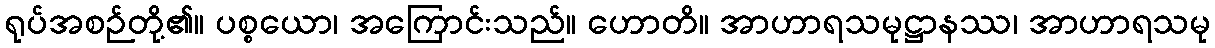
ရုပ်အစဉ်တို့၏။ ပစ္စယော၊ အကြောင်းသည်။ ဟောတိ။ အာဟာရသမုဋ္ဌာနဿ၊ အာဟာရသမု